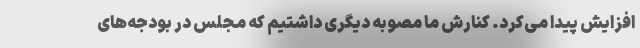
افزایش پیدا می‌کرد. کنارش ما مصوبه دیگری داشتیم که مجلس در بودجه‌های